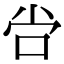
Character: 𫩠